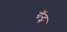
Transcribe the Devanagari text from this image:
ग्रॅन्ट्स